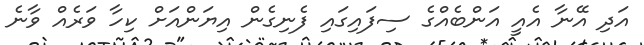
އަދި އޭނާ އެއީ އަންބެއްގެ ސިފައިގައި ފެނިގެން އިޔަންއަށް ކިހާ ވަރެއް ވާނެ